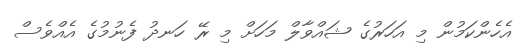
އެހެންކަމުން މި އަހަރުގެ ޝައްވާލް މަހަށް މި ރޭ ހަނދު ފެނުމުގެ އެއްވެސް